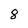
Character: 8